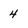
Character: 4